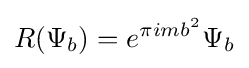
R(\Psi _{b})=e^{\pi imb^{2}}\Psi _{b}